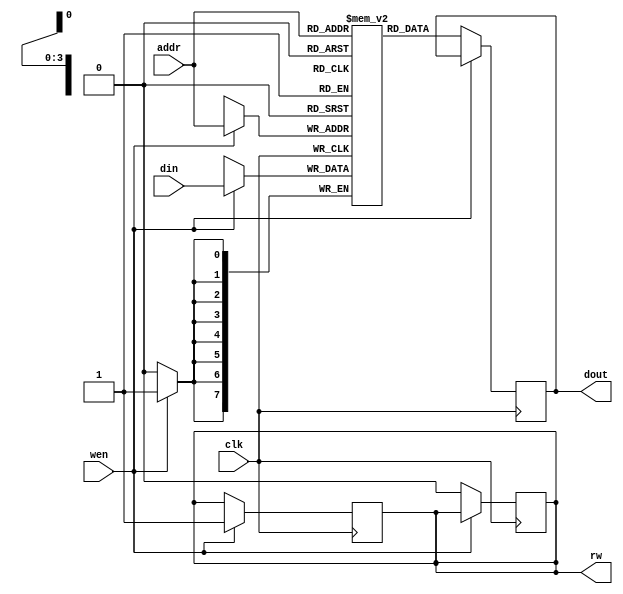
module RAM #(
    parameter ADDR_WIDTH = 4, // Address width
    parameter DATA_WIDTH = 8  // Data width
)(
    input wire clk,           // Clock signal
    input wire [ADDR_WIDTH-1:0] addr,    // Address input
    input wire [DATA_WIDTH-1:0] din,     // Data input
    input wire wen,           // Write enable signal
    output reg [DATA_WIDTH-1:0] dout,    // Data output
    output reg rw              // Read/write indication
);

reg [DATA_WIDTH-1:0] memory [2**ADDR_WIDTH-1:0];  // Memory array

// Read operation
always @(posedge clk) begin
    if (!wen) begin
        dout <= memory[addr];
        rw <= 1'b0;  // Read operation
    end
end

// Write operation
always @(posedge clk) begin
    if (wen) begin
        memory[addr] <= din;
        rw <= 1'b1;  // Write operation
    end
end

endmodule